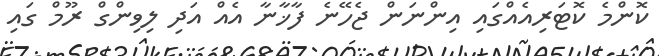
ކޮންމެ ކޮޓަރިއެއްގައި އިންނަން ޖެހޭނެ ފާޚާނާ އެއް އަދި ލިވިންގް ރޫމް ގައި